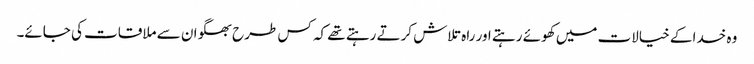
وہ خدا کے خیالات میں کھوئے رہتے اور راہ تلاش کرتے رہتے تھے کہ کس طرح بھگوان سے ملاقات کی جائے۔